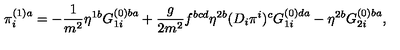
\pi _ { i } ^ { ( 1 ) a } = - \frac { 1 } { m ^ { 2 } } \eta ^ { 1 b } G _ { 1 i } ^ { ( 0 ) b a } + \frac { g } { 2 m ^ { 2 } } f ^ { b c d } \eta ^ { 2 b } ( D _ { i } \pi ^ { i } ) ^ { c } G _ { 1 i } ^ { ( 0 ) d a } - \eta ^ { 2 b } G _ { 2 i } ^ { ( 0 ) b a } ,